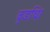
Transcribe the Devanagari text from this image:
वृडधि।